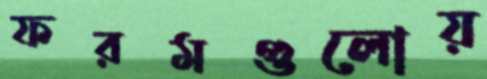
ফরমগুলোয়